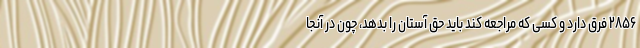
۲۸۵۶ فرق دارد و کسی که مراجعه کند باید حق آستان را بدهد، چون در آنجا